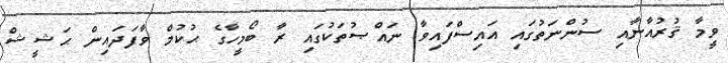
ވީމާ ޤުރުއާނާއި ސުންނަތުގައި އައިސްފައިވާ ނައްޞުތަކުގައި ރާ ބޯމީހާގެ ޙުކުމް ވާފަދައިން ޙަޝީޝް